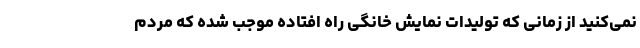
نمی‌کنید از زمانی که تولیدات نمایش خانگی راه افتاده موجب شده که مردم